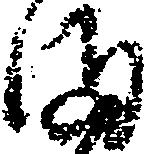
ま